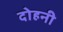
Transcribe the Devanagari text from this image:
दोहनी